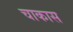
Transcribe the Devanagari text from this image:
चाकास